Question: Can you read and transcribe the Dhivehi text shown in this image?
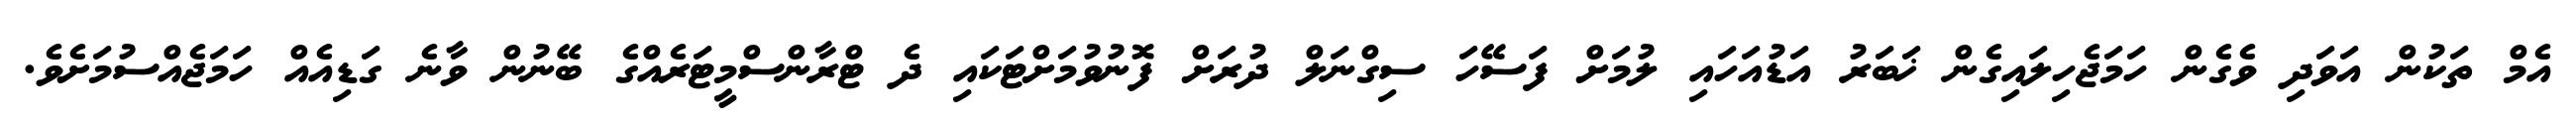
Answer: އެމް ތަކުން އަވަދި ވެގެން ހަމަޖެހިލައިގެން ޚަބަރު އަޑުއަހައި ލުމަށް ފަސޭހަ ސިގްނަލް ދުރަށް ފޮނުވުމަށްޓަކައި ދެ ޓްރާންސްމީޓަރެއްގެ ބޭނުން ވާނެ ގަޑިއެއް ހަމަޖެއްސުމަށެވެ.